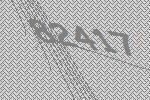
82417